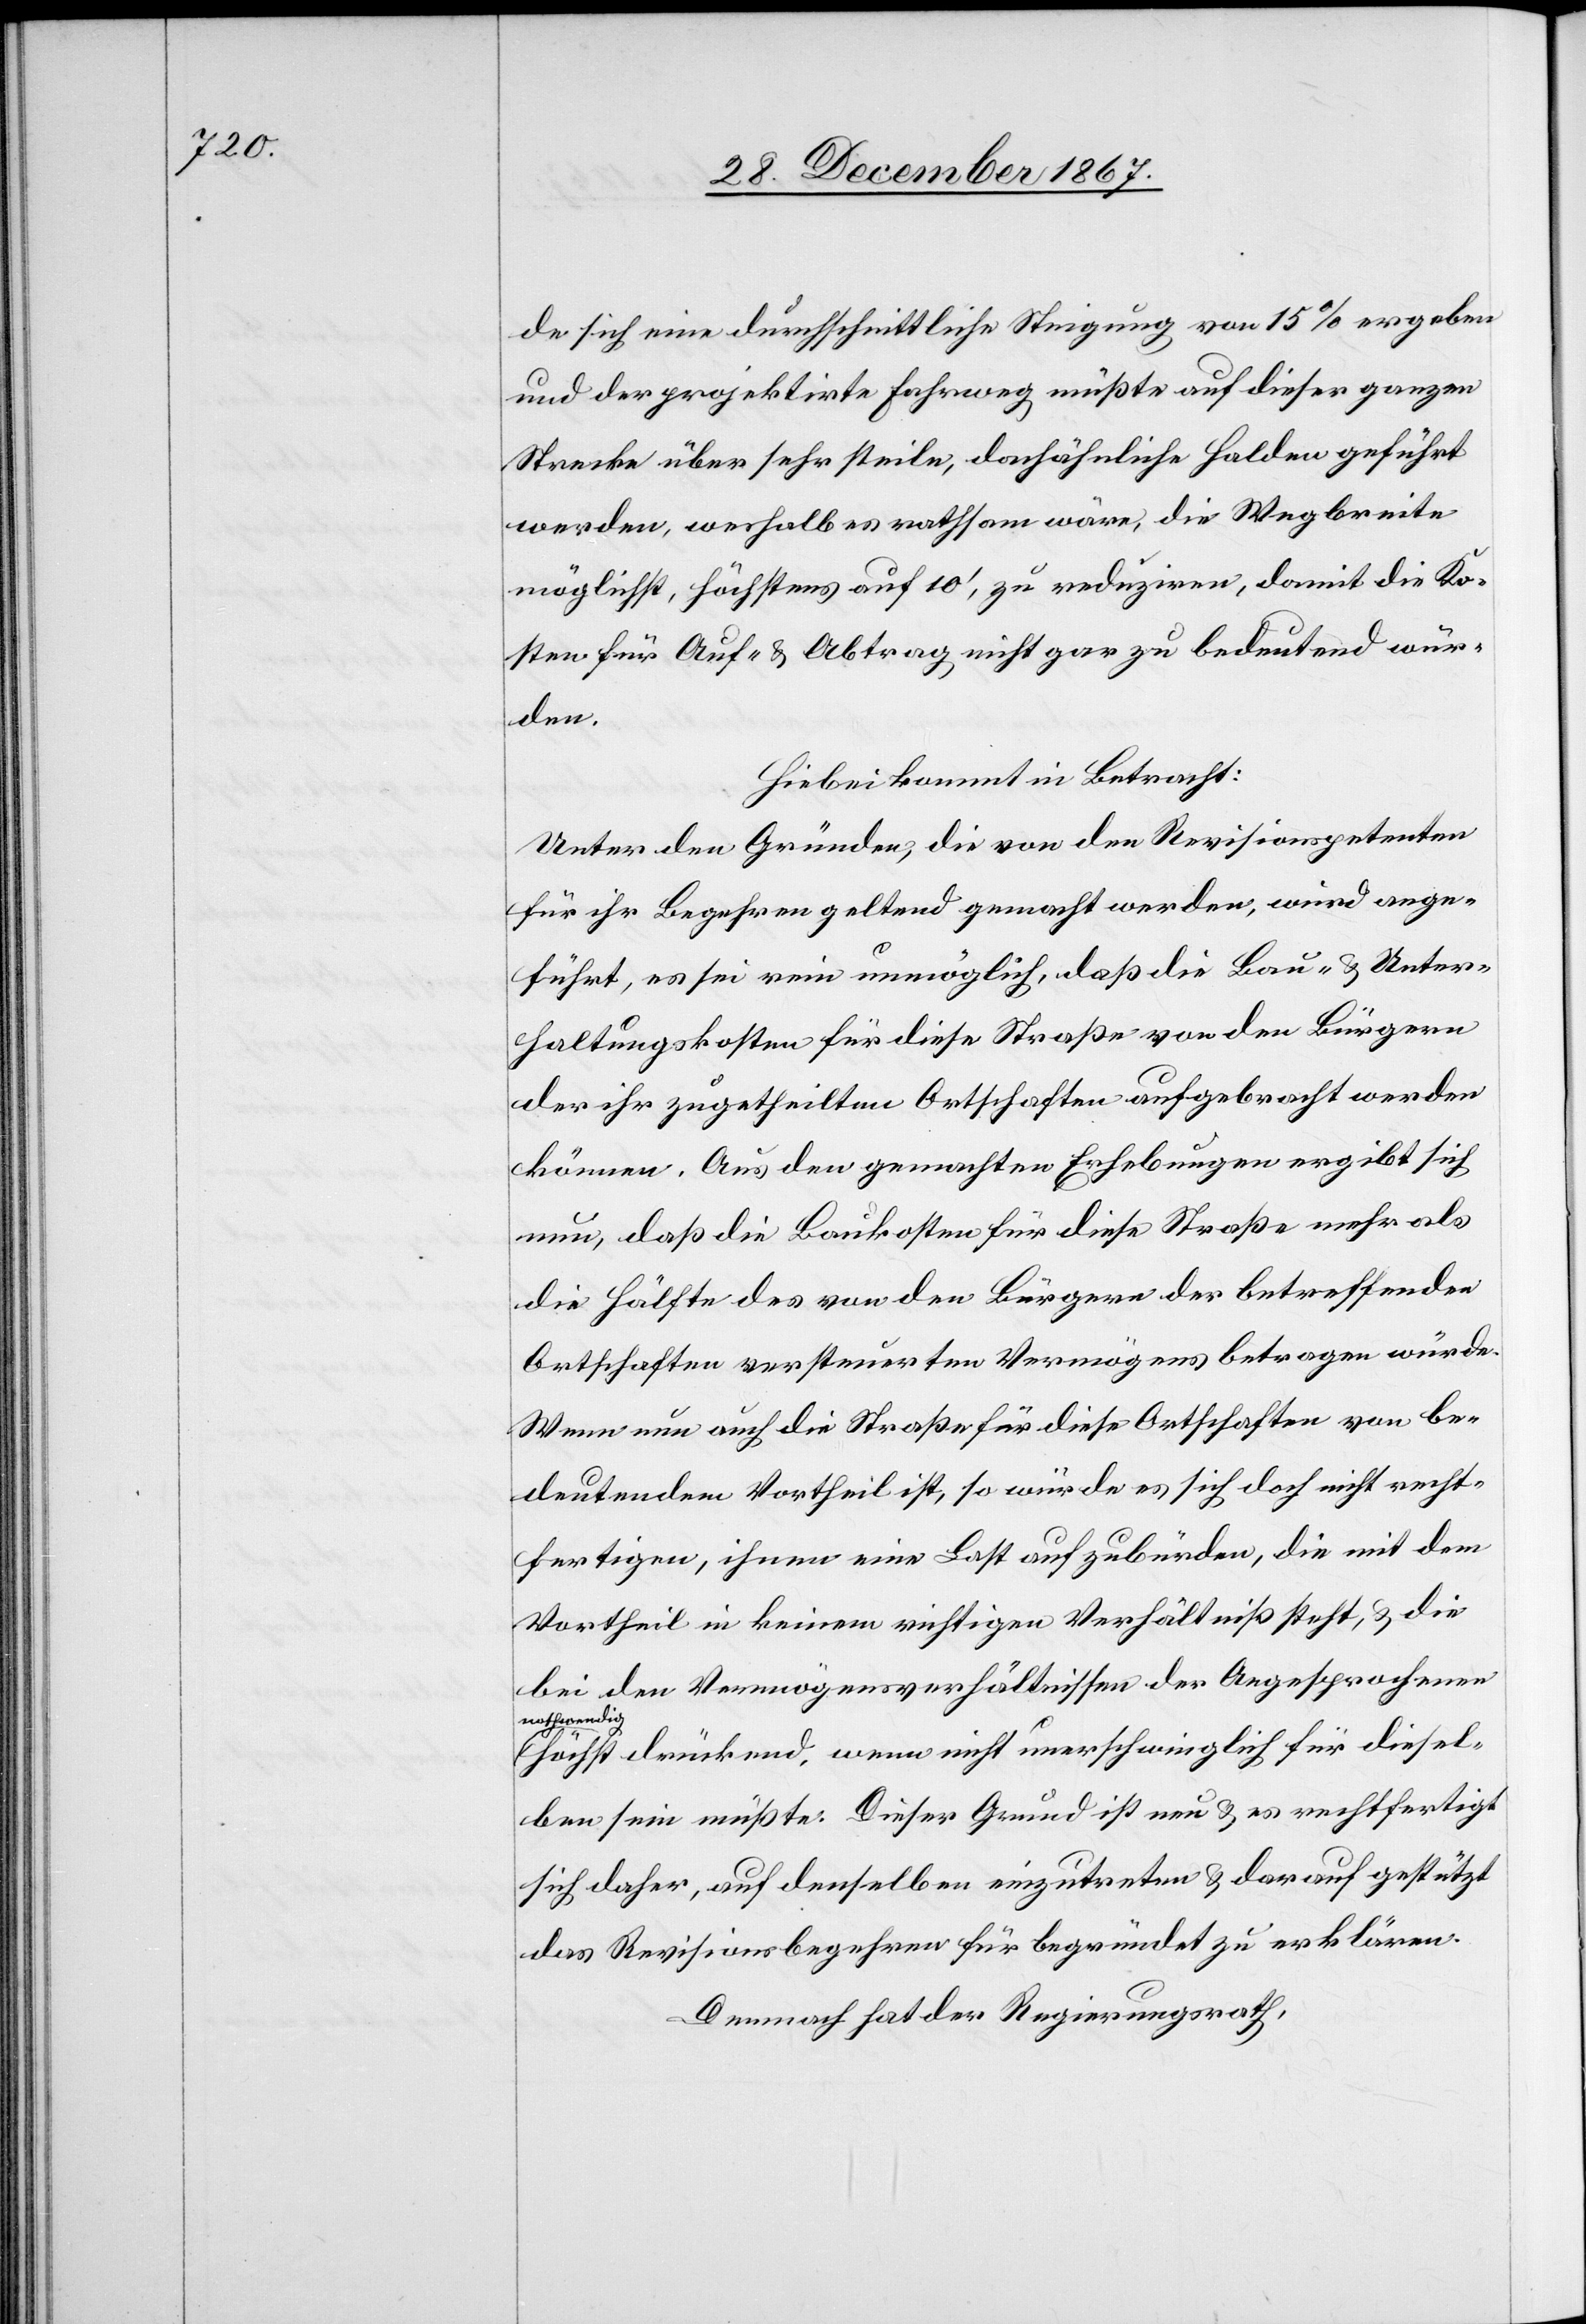
de sich eine durchschnittliche Steigung von 15 % ergeben
und der projektirte Fahrweg müßte auf dieser ganzen
Strecke über sehr steile, dachähnliche Halden geführt
werden, weshalb es rathsam wäre, die Wegbreite
möglichst, höchstens auf 10‘, zu reduziren, damit die Ko¬
sten für Auf- u. Abtrag nicht gar zu bedeutend wür¬
den.
Hiebei kommt in Betracht:
Unter den Gründen, die von den Revisionspetenten
für ihr Begehren geltend gemacht werden, wird ange¬
führt, es sei rein unmöglich, daß die Bau- u. Unter¬
haltungskosten für diese Straße von den Bürgern
der ihr zugetheilten Ortschaften aufgebracht werden
können. Aus den gemachten Erhebungen ergibt sich
nun, daß die Baukosten für diese Straße mehr als
die Hälfte des von den Bürgern der betreffenden
Ortschaften versteuerten Vermögens betragen würde.
Wenn nun auch die Straße für diese Ortschaften von be¬
deutendem Vortheil ist, so würde es sich doch nicht recht¬
fertigen, ihnen eine Last aufzubürden, die mit dem
Vortheil in keinem richtigen Verhältniß steht, u. die
bei den Vermögensverhältnissen der Angesprochenen
nothwendig
höchst drückend, wenn nicht unerschwinglich für diesel¬
ben sein müßte. Dieser Grund ist neu u. es rechtfertigt
sich daher, auf denselben einzutreten u. darauf gestützt
das Revisionsgesuch für begründet zu erklären.
Demnach hat der Regierungsrath,